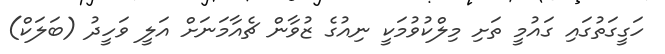
ހަގީގަތުގައި ގައުމީ ތަށި މިލްކުވުމަކީ ނިއުގެ ޒުވާން ޗެއާމަނަށް އަލީ ވަހީދު (ބަލަކް)